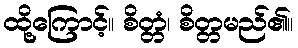
ထို့ကြောင့်။ စိတ္တံ၊ စိတ္တမည်၏။